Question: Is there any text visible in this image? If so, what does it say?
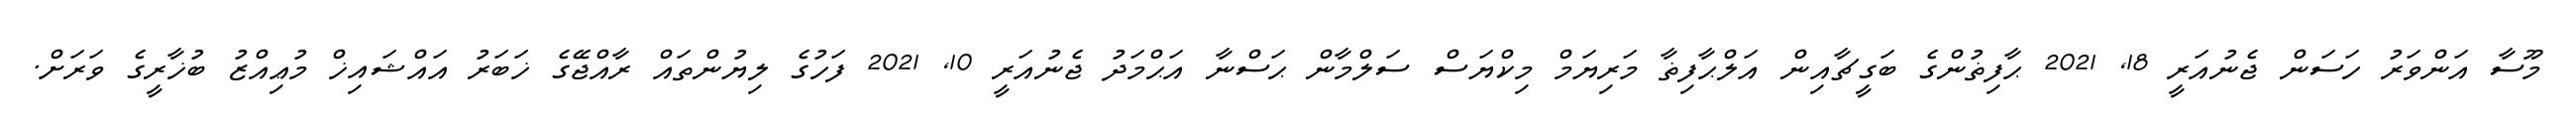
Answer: މޫސާ އަންވަރު ހަސަން ޖެނުއަރީ 18, 2021 ޙާފިޡުންގެ ބަގީޗާއިން އަލްޙާފިޡާ މަރިޔަމް މިކްޔަސް ސަލްމާން ޙަސްނާ އަޙްމަދު ޖެނުއަރީ 10, 2021 ފަހުގެ ލިޔުންތައް ރާއްޖޭގެ ޚަބަރު އައްޝައިޚް މުޢިއްޒު ބުޚާރީގެ ވަރަށް.